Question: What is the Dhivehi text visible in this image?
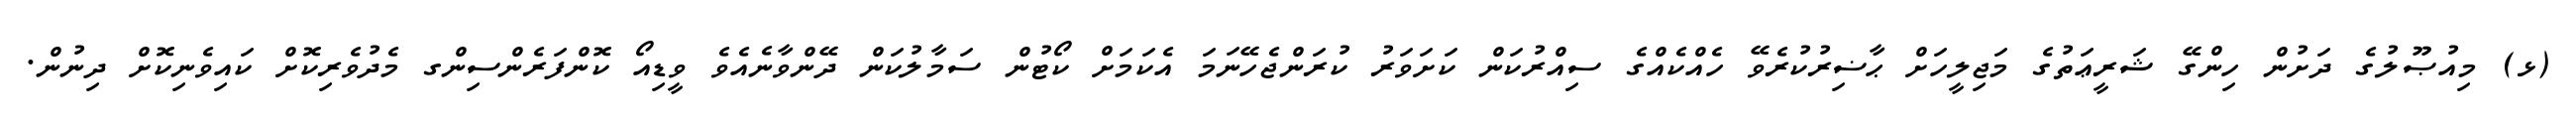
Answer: (ޅ) މިއުޞޫލުގެ ދަށުން ހިންގޭ ޝަރީޢަތުގެ މަޖިލީހަށް ޙާޟިރުކުރެވޭ ހެއްކެއްގެ ސިއްރުކަން ކަށަވަރު ކުރަންޖެހޭނަމަ އެކަމަށް ކޯޓުން ސަމާލުކަން ދޭންވާނެއެވެ ވީޑިއޯ ކޮންފަރެންސިންގ މެދުވެރިކޮށް ކައިވެނިކޮށް ދިނުން.